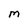
Character: M